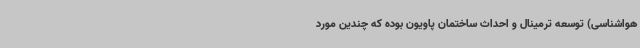
هواشناسی) توسعه ترمینال و احداث ساختمان پاویون بوده که چندین مورد